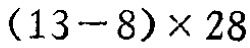
$(13 - 8)\times 28$